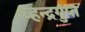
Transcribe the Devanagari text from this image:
च्हन्द्रगुप्त